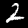
Digit: 2